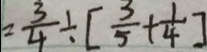
= \frac { 3 } { 4 } \div [ \frac { 3 } { 5 } + \frac { 1 } { 4 } ]